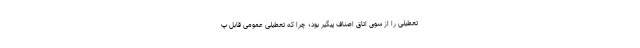
تعطیلی را از سوی اتاق اصناف پیگیر بود؛ چرا که تعطیلی عمومی قابل پ